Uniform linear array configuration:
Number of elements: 12
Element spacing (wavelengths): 0.25
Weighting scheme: binomial
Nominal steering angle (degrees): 0
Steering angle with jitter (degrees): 1.935
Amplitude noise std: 0.05
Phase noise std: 0.05

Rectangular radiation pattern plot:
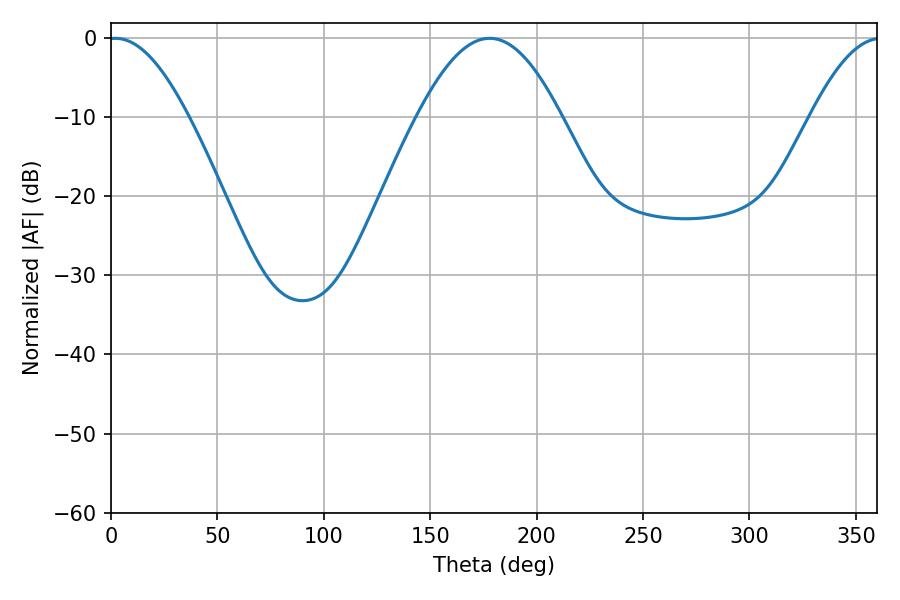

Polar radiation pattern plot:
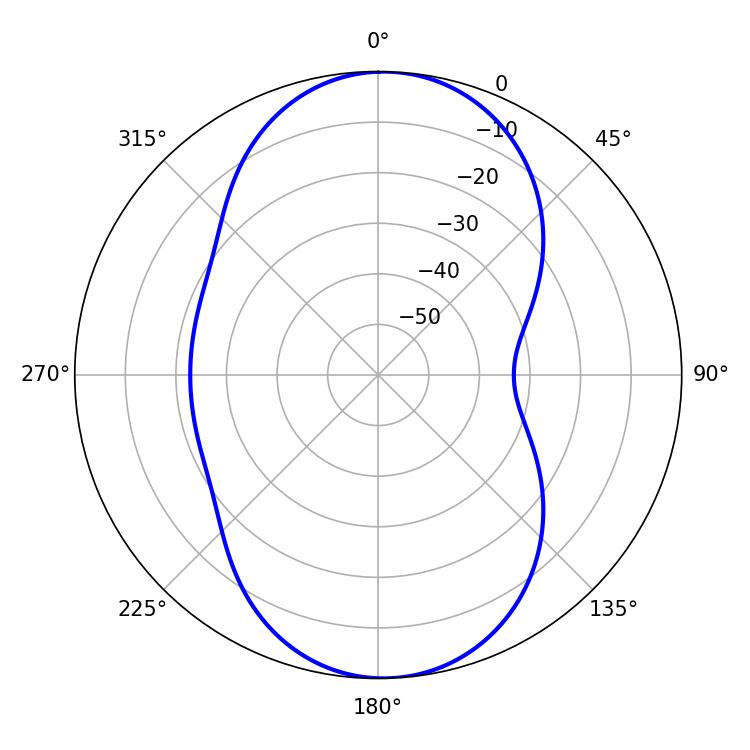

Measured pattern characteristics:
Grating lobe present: FALSE
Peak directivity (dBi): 16.64
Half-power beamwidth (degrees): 20.52
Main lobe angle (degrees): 2.16